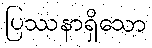
ပြဿနာရှိသော